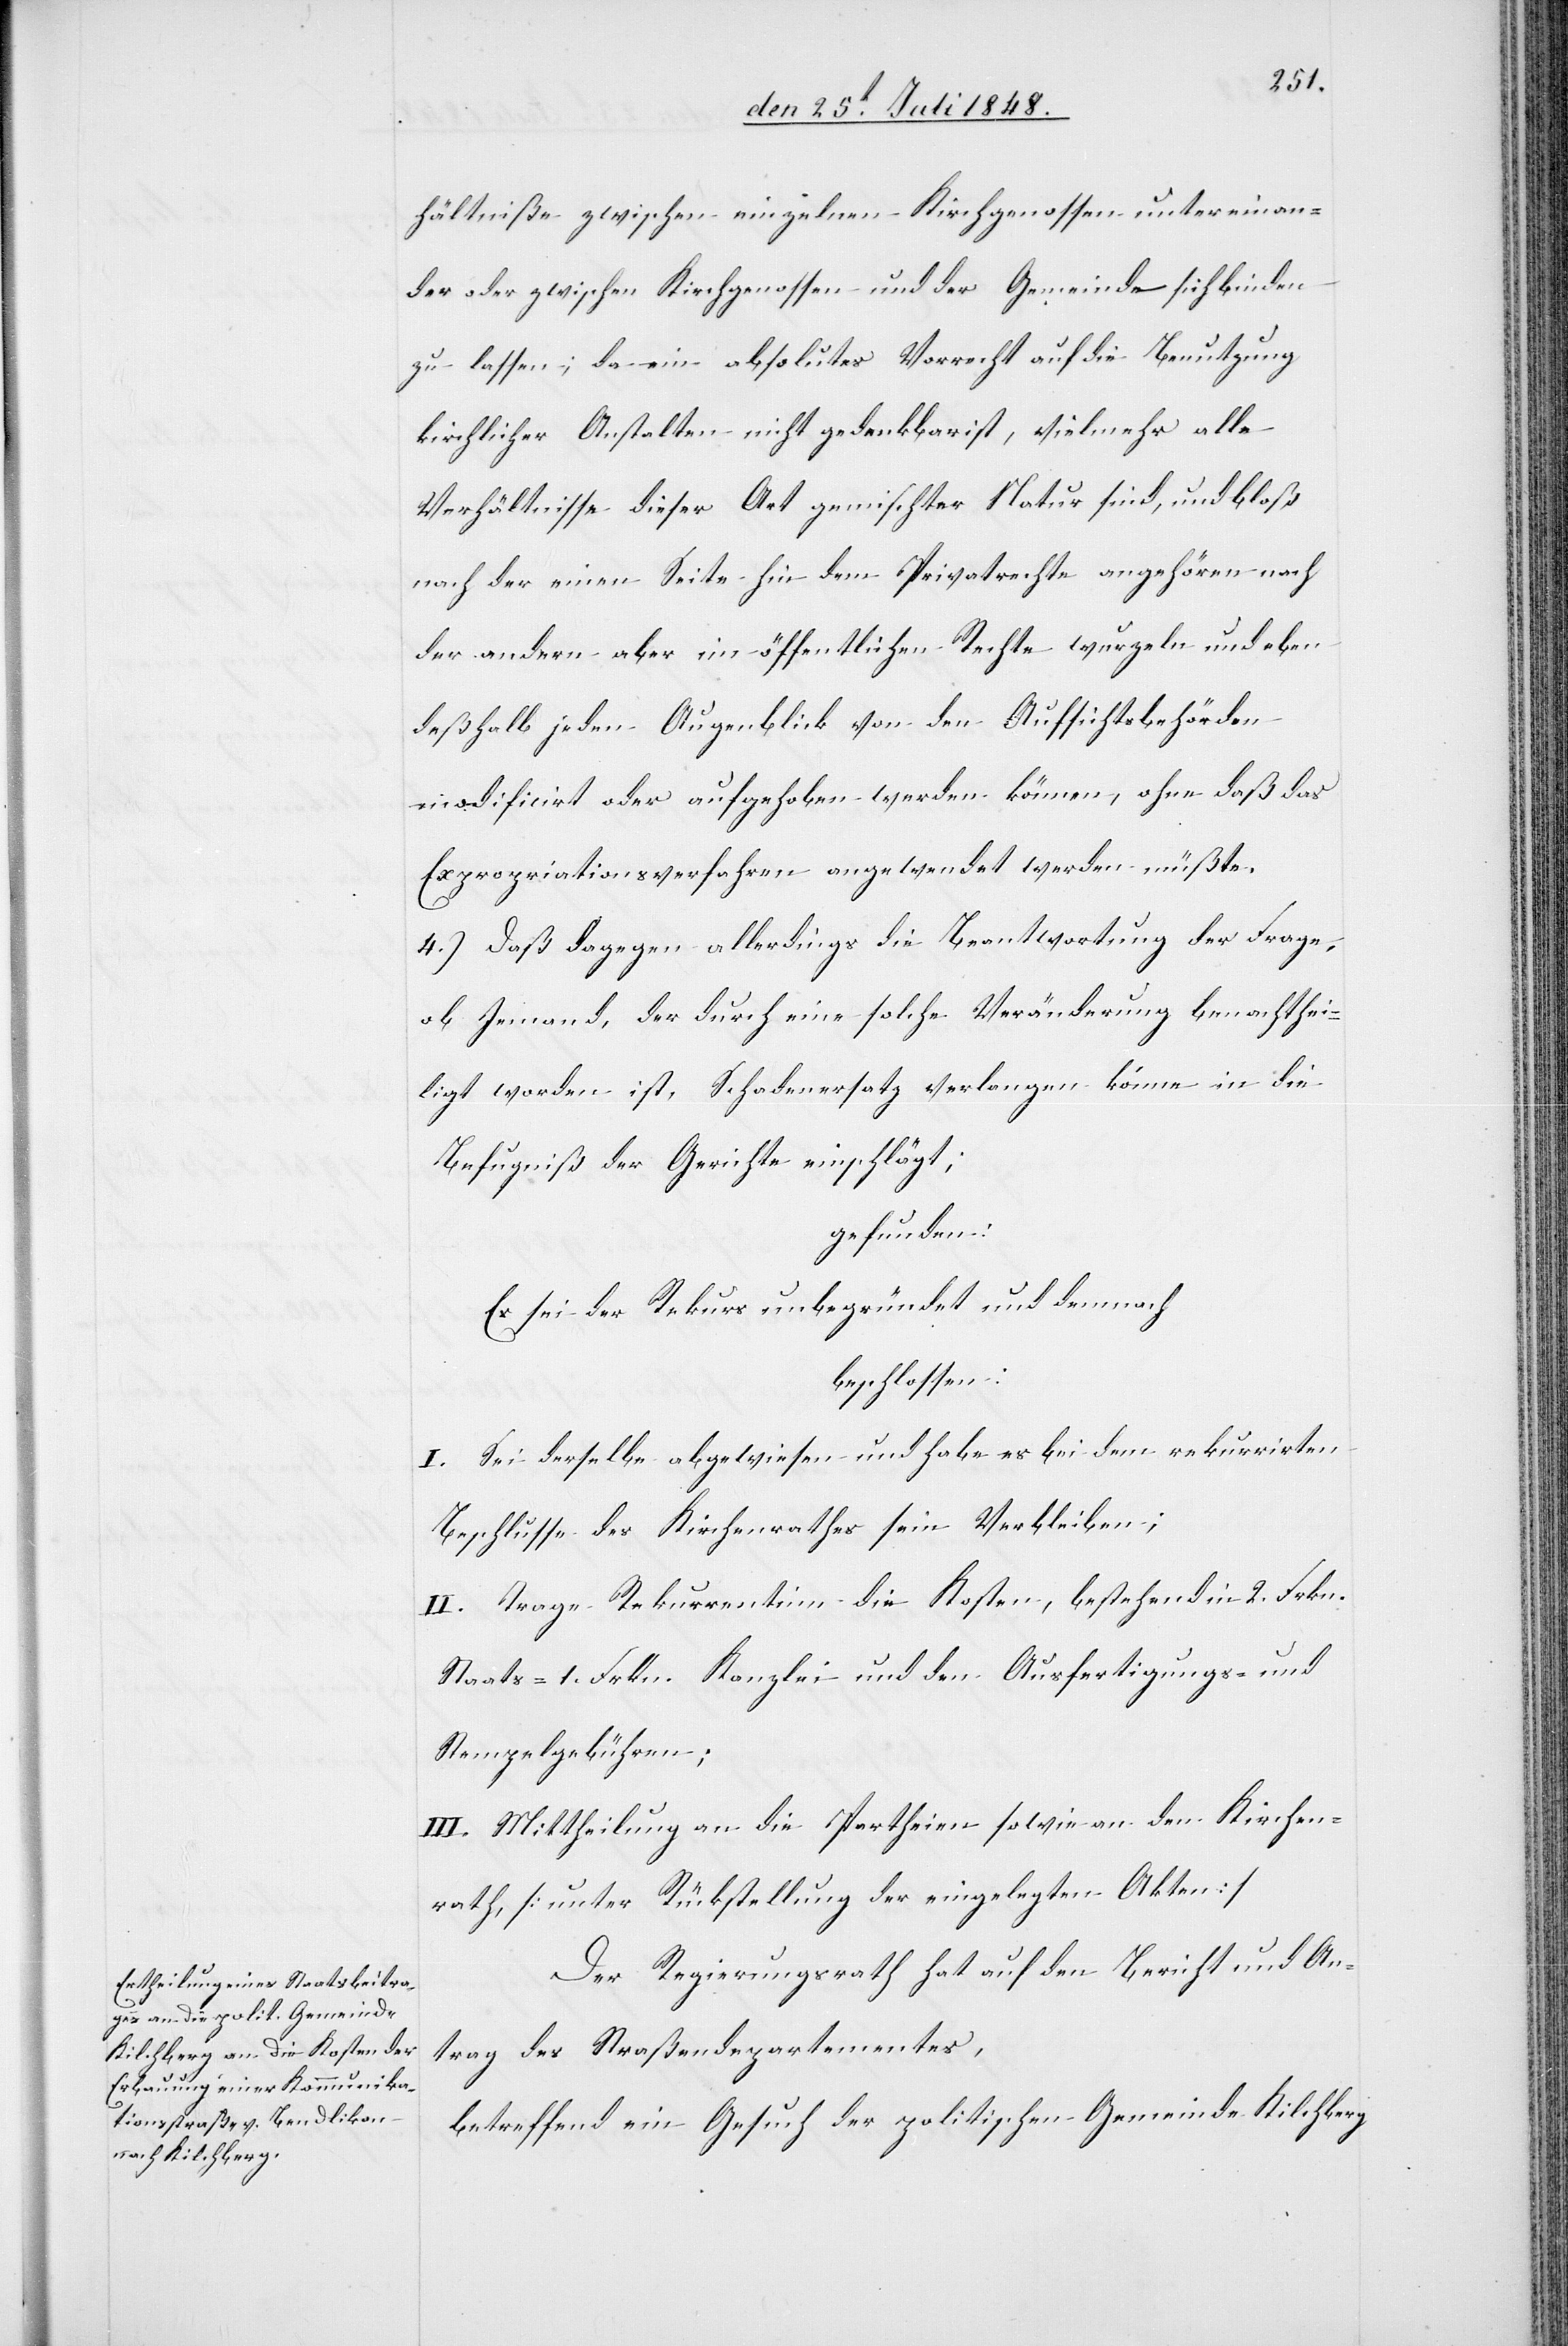
hältniße zwischen einzelnen Kirchgenossen untereinan¬
der oder zwischen Kirchgenossen und der Gemeinde sich binden
zu lassen; da ein absolutes Vorrecht auf die Benutzung
kirchlicher Anstalten nicht bedenkbar ist, vielmehr alle
Verhältnisse dieser Art gemischter Natur sind, und bloß
nach der einen Seite hin dem Privatrechte angehören nach
der andern aber im öffentlichen Rechte wurzeln und eben
deßhalb jeden Augenblick von den Aufsichtsbehörden
modificirt oder aufgehoben werden können, ohne daß das
Expropriationsverfahren angewendet werden müßte.
4.) Daß dagegen allerdings die Beantwortung der Frage,
ob Jemand, der durch eine solche Veränderung benachthei¬
ligt worden ist, Schadenersatz verlangen könne in die
Befugniß der Gerichte einschlägt;
gefunden:
Es sei der Rekurs unbegründet und demnach:
beschlossen:
I. Sei derselbe abgewiesen und habe es bei dem rekurrirten
Beschlusse des Kirchenrathes sein Verbleiben;
II. Trage Rekurrentinn die Kosten, bestehend in 2. Frkn.
Staats- 1. Frkn. Kanzlei[-] und den Ausfertigungs- und
Stempelgebühren;
III. Mittheilung an die Partheien sowie an den Kirchen¬
rath, [unter Rückstellung der eingelegten Akten]
Der Regierungsrath hat auf den Bericht und An¬
trag des Straßendepartementes,
betreffend ein Gesuch der politischen Gemeinde Kilchberg